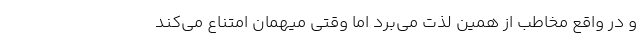
و در واقع مخاطب از همین لذت می‌برد اما وقتی میهمان امتناع می‌کند